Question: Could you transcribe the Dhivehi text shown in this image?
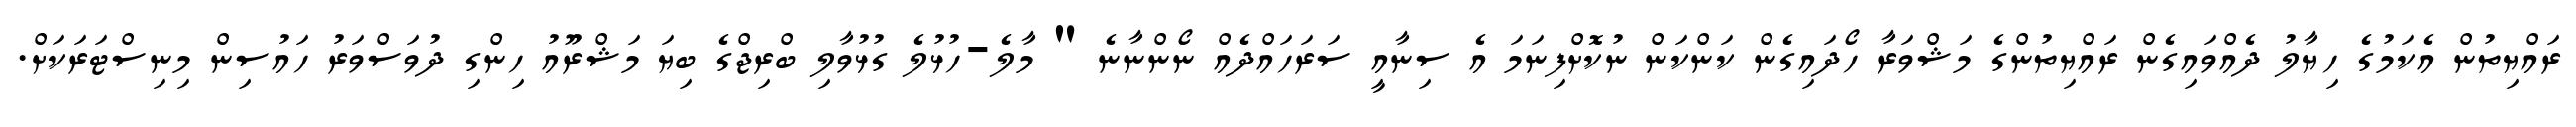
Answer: ރައްޔިތުން އެކަމުގެ ހިޔާލު ދެއްވައިގެން ރައްޔިތުންގެ މަޝްވަރާ ހޯދައިގެން ކަންކަން ނުކޮށްފިނަމަ އެ ސިނާއީ ސަރަހައްދެއް ނޯންނާނެ " މާލެ-ހުޅުލެ ގުޅުވާލި ބްރިޖްގެ ބިޔަ މަޝްރޫއު ހިންގި ދުވަސްވަރު ހައުސިން މިނިސްޓަރަކަށް.